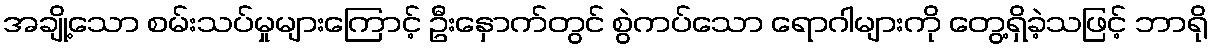
အချို့သော စမ်းသပ်မှုများကြောင့် ဦးနှောက်တွင် စွဲကပ်သော ရောဂါများကို တွေ့ရှိခဲ့သဖြင့် ဘာရို